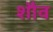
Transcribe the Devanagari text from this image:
शौव